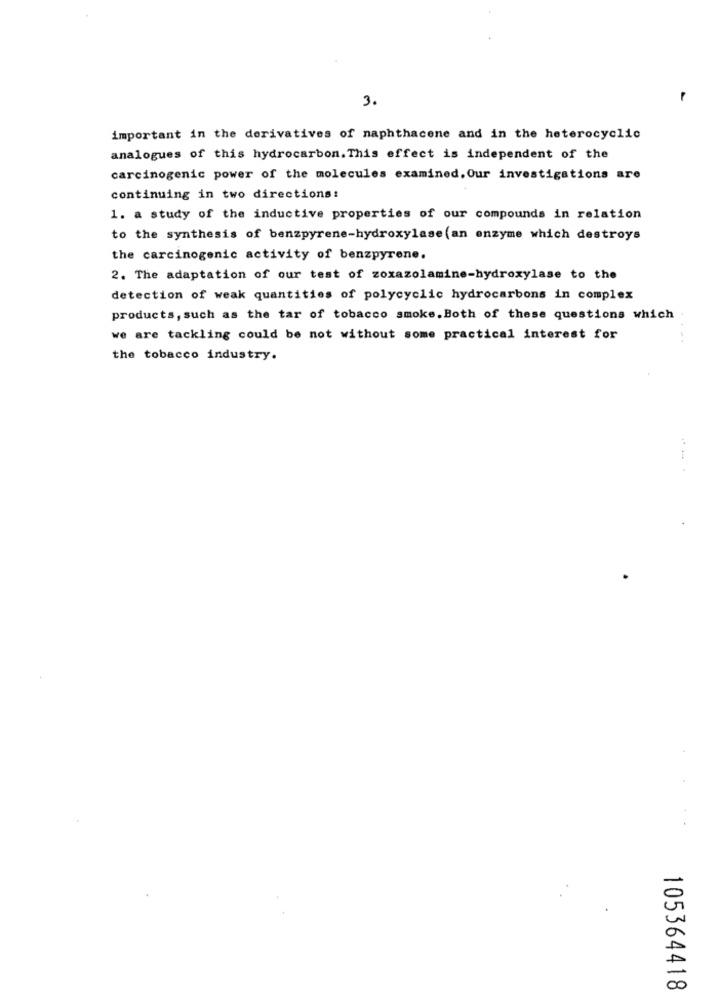
3.
important in the derivatives of naphthacene and in the heterocyclic
analogues of this hydrocarbon. This effect is independent of the
carcinogenic power of the molecules examined. Our investigations are
continuing in two directions:
1. a study of the inductive properties of our compounds in relation
to the synthesis of benzpyrene-hydroxylase (an enzyme which destroys
the carcinogenic activity of benzpyrene.
2. The adaptation of our test of zoxazolamine-hydroxylase to the
detection of weak quantities of polycyclic hydrocarbons in complex
products, such as the tar of tobacco smoke. Both of these questions which
we are tackling could be not without some practical interest for
..
the tobacco industry.
... .
105364418